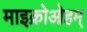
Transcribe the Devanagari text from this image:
माइक्रोओहम्‌